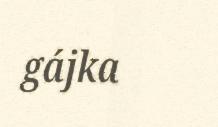
gájka